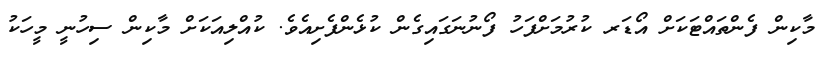
މާކިން ފެންތައްޓަކަށް އޯޑަރ ކުރުމަށްފަހު ފޯނުނަގައިގެން ކުޅެންފެށިއެވެ. ކުއްލިއަކަށް މާކިން ސިހުނީ މީހަކު